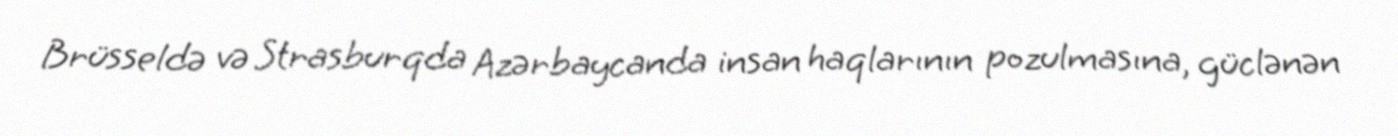
Brüsseldə və Strasburqda Azərbaycanda insan haqlarının pozulmasına, güclənən